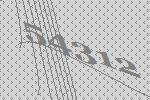
54312